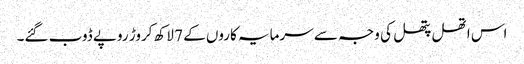
اس اتھل پتھل کی وجہ سے سرمایہ کاروں کے 7 لاکھ کروڑ روپے ڈوب گئے۔